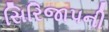
સિરિજાપની